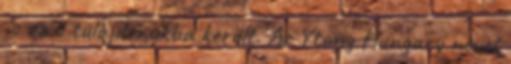
is az ő tulajdonukba került. Az Ytong Hungary nevet